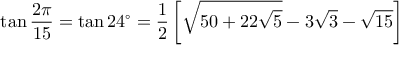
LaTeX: \tan { \frac { 2 \pi } { 1 5 } } = \tan 2 4 ^ { \circ } = { \frac { 1 } { 2 } } \left[ { \sqrt { 5 0 + 2 2 { \sqrt { 5 } } } } - 3 { \sqrt { 3 } } - { \sqrt { 1 5 } } \right]